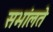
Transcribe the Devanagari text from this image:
सभांलते